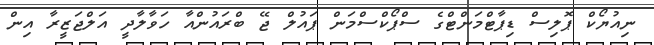
ނިއުޔޯކް ޕޮލިސް ޑިޕާޓްމަންޓްގެ ސްޕޯކްސްމަން ޕައުލް ޖޭ ބްރައުންއާ ހަވާލާދީ އަލްޖަޒީރާ އިން